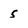
Character: 5